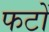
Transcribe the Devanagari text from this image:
फटों